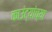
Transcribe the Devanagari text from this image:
काउंट्यांच्या